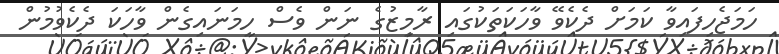
ހަމަޖެހިފައިވާ ކަމަށް ދެކެވޭ ވާހަކަތަކުގައި ރާމިޒުގެ ނަން ވެސް ހިމަނައިގެން ވާހަކަ ދެކެވުމުން